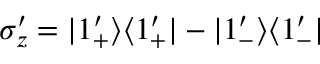
\sigma _ { z } ^ { \prime } = | 1 _ { + } ^ { \prime } \rangle \langle 1 _ { + } ^ { \prime } | - | 1 _ { - } ^ { \prime } \rangle \langle 1 _ { - } ^ { \prime } |